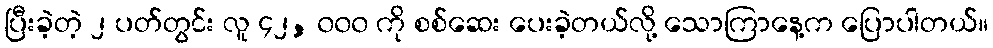
ပြီးခဲ့တဲ့ ၂ ပတ်တွင်း လူ ၄၂, ၀၀၀ ကို စစ်ဆေး ပေးခဲ့တယ်လို့ သောကြာနေ့က ပြောပါတယ်။